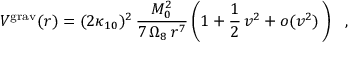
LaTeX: V ^ { \mathrm { g r a v } } ( r ) = ( 2 \kappa _ { 1 0 } ) ^ { 2 } \, { \frac { M _ { 0 } ^ { 2 } } { 7 \, \Omega _ { 8 } \, r ^ { 7 } } } \left( 1 + \frac { 1 } { 2 } \, v ^ { 2 } + o ( v ^ { 2 } ) \, \right) ~ ~ ,